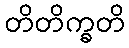
တိတိက္ခတိ